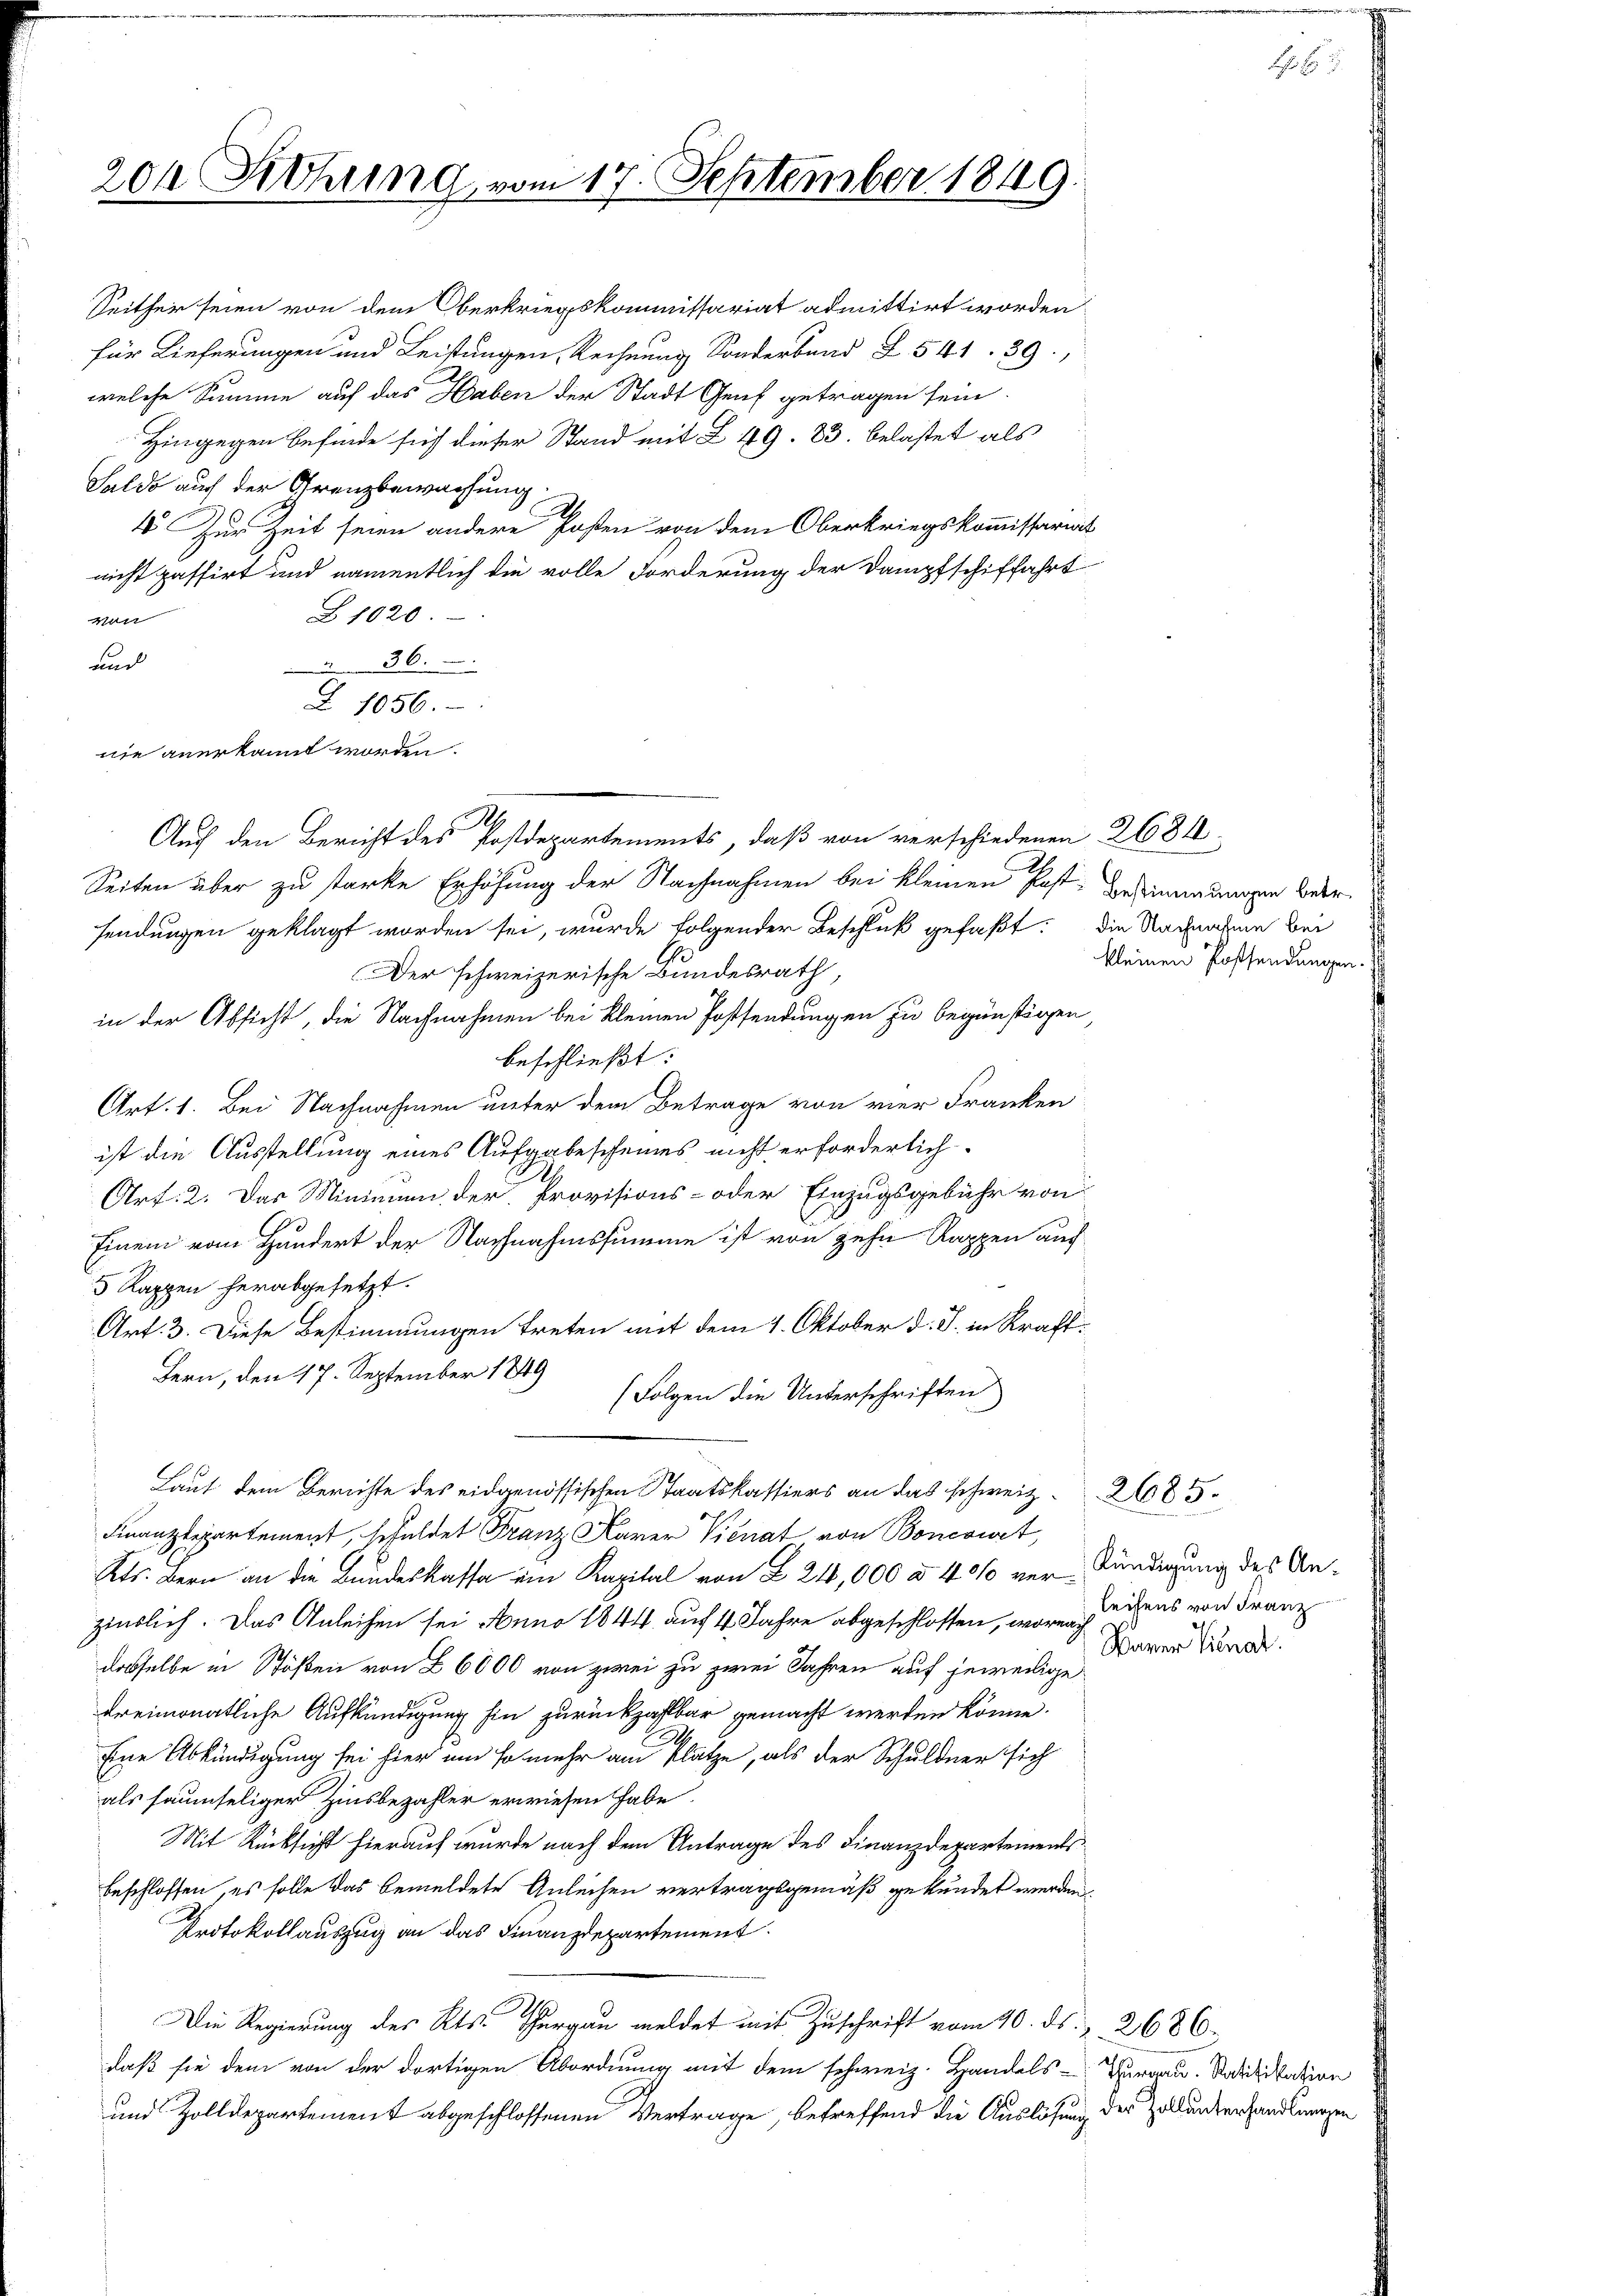
204 Sitzung

haldo auch der Grenzbewachung
4. Zur Zeit seien andere Posten von dem Oberkriegskommissariat
richt passirt und namentlich die volle Forderung der Dampfschiffahrt
Z1020
tt
ad
36.
Z. 1056.
nie anerkannt worden.
Auch den Bericht des Postdepartements, daß von verschiedenen 2684
Seiten über zu starke Erhöhung der Nachnahmen bei kleinen Post Bedingungen bedersendungen geklagt worden sei, wurde folgender Beschluß gefaßt: die Nachnahme bei
Der schweizerische Bundesrath,
in der Absicht, die Nachnahmen bei kleinen Postsendungen zu begünstigen,
beschließt:
Art. 1. Bei Nachnahmen unter dem Betrage von vier Franken
ist die Ausstellung eines Aufgabescheines nicht erforderlich
Art: 2. Das Minimmen der Provisions- oder Einzugsgebühr von
Einem vom Hundert der Nachnahmssumme ist von zehn Rappen auf
 Kappen herabgesetzt.
Art. 3. Diese Bestimmungen treten mit dem 1. Oktober d. J. in Kraft.
Bern, den 17. September 1849
(Folgen die Unterschriften
Laut dem Berichte des eidgenössischen Staatskassiers an das schweiz. 285
Finanzdepartement, schuldet Franz Karer Vienat von Boncourt,
Kts. Bern an die Bundeskassa ein Kapital von § 24,000 d. 4 % verkündigung des Aninslich. Das Anleihen sei Anno 1844 auf 4 Jahre abgeschlossen, worin sehens von Franz
dasselbe in Stößen von Z 6000 von zwei zu zwei Jahren auf jeweilige
dreimonatliche Aufkündigung hin zurückzahlbar gemacht werden könne.
Eine Abkündigung sei hier um so mehr am Plätze, als der Schuldner sich
als saumseliger Zinsbezahler erwiesen habe.
Mit Rücksicht hierauf wurde nach dem Antrage des Finanzdepartementsbeschlossen, es solle das bemeldete Anleihen vertragsgemäß gekündet werden,
Protokollauszug an das Finanzdepartement.
Die Regierung des Kts. Thurgau meldet mit Zuschrift vom 10. ds.  2686.
daß sie dem von der dortigen Abordnung mit dem schweiz. Handels- Vargau. Modifikation
und Zolldepartement abgeschlossenen Vertrage, betreffend die Auslösung der Zoll unterhandlungen

117. September 1849.

Seither seien von dem Oberkriegskommissariat admittirt worden.
für Lieferungen und Leistungen, Rechnung Sonderband § 541. 89.
welche Summe auf das Haben der Stadt Genf getragen sein.
Hingegen befinde sich dieser Stand mit L 49. 83. belastet als

kleinen Possendungen. E

Warer Senat